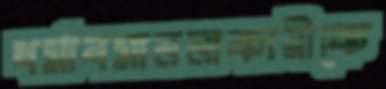
ধর্মাবমাননাকারীকে